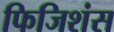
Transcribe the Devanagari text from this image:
फिजिशंस